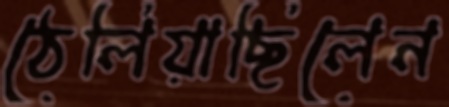
ঠেলিয়াছিলেন